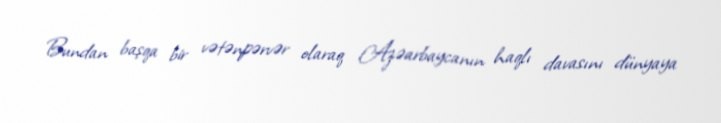
Bundan başqa bir vətənpərvər olaraq Azəarbaycanın haqlı davasını dünyaya